Report of the Indian Hemp Drugs Commission, 1894-1895 - Volume VI
Year: 1894
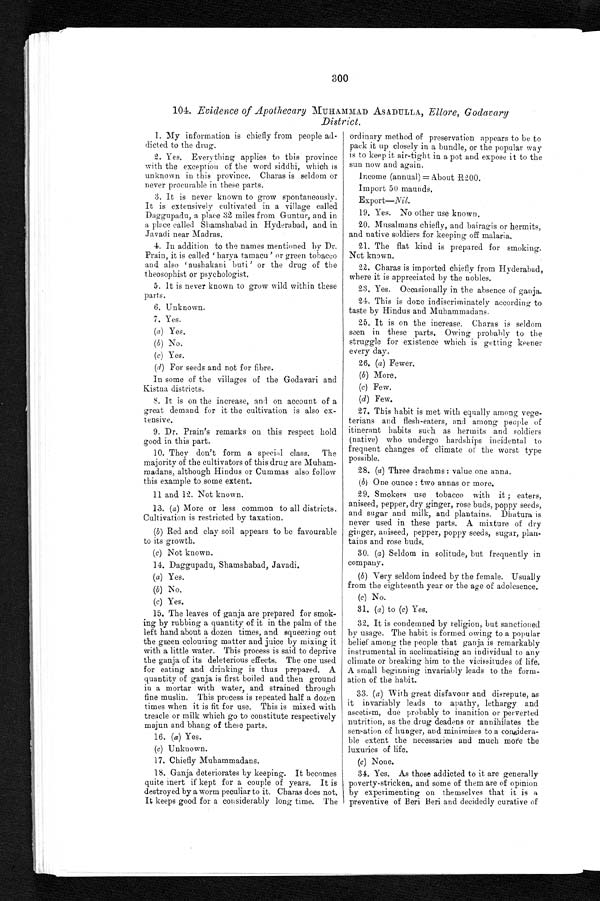
300
104. Evidence of Apothecary MUHAMM AD ASADULLA, Ellore, Godavary
District.
1. My information is chiefly from people ad
-dicted to the drug.
2. Yes. Everything applies to this province
with the exception of the word siddhi, which is
unknown in this province. Charas is seldom or
never procurable in these parts.
3. It is never known to grow spontaneously.
It is extensively cultivated in a village called
Daggupadu, a place 32 miles from Guntur, and in
a place called Shamshabad in Hyderabad, and in
Javadi near Madras.
4. In addition to the names mentioned by Dr.
Prain, it is called ' harya tamacu' or green tobacco
and al so ' aushakani but i ' or t he dr ug of t he
theosophist or psychologist.
5. It is never known to grow wild within these
parts.
6. Unknown.
7. Yes.
(a) Yes.
(b) N o .
( c ) Y e s .
(d) For seeds and not for fibre.
In some of the villages of the Godavari and
Kistua districts.
8. It is on the increase, and on account of a
great demand for it the cultivation is also ex
- t e n s i v e .
9. Dr. Prain's remarks on this respect hold
good in this part.
10. They don't form a special class. The
majority of the cultivators of this drug are Muham
- m a d a n s , a l t h o u g h H i n d u s o r C u m m a s a l s o f o l l o w
this example to some extent.
11 and 12. Not known.
13. ( a ) More or less common to all districts.
Cultivation is restricted by taxation.
( b ) Red and clay soil appears to be favourable
to its growth.
( c ) Not known.
14. Daggupadu, Shamshabad, Javadi.
( a) Yes.
(b) No.
( c) Yes.
15. The leaves of ganja are prepared for smok-
- i n g b y r u b b i n g a q u a n t i t y o f i t i n t h e p a l m o f t h e
left hand about a dozen times, and squeezing out
the green colouring matter and juice by mixing it
with a little water. This process is said to deprive
the ganja of its deleterious effects. The one used
for eating and drinking is thus prepared. A
quantity of ganja is first boiled and then ground
in a mortar with water, and strained through
fine muslin. This process is repeated half a dozen
times when it is fit for use. This is mixed with
treacle or milk which go to constitute respectively
majun and bhang of these parts.
16. ( a) Yes.
(c) Unknown.
17. Chiefly Muhammadans.
18. Ganja deteriorates by keeping. It becomes
quite inert if kept for a couple of years. It is
destroyed by a worm peculiar to it. Charas does not.
It keeps good for a considerably long time. The
ordinary method of preservation appears to be to
pack it up closely in a bundle, or the popular way
is to keep it air-tight in a pot and expose it to the
sun now and again.
Income (annual) = About R200.
Import 50 maunds.
Export—Ni l.
19. Yes. No other use known.
20. Musalmans chiefly, and bairagis or hermits,
and native soldiers for keeping off malaria.
21. The flat kind is prepared for smoking.
Not known.
22. Charas is imported chiefly from Hyderabad,
where it is appreciated by the nobles.
23. Yes. Occasionally in the absence of ganja.
24. This is done indiscriminately according to
taste by Hindus and Muhammadans.
25. It is on the increase. Charas is seldom
seen in these parts. Owing probahly to the
struggle for existence which is getting keener
every day.
26. ( a ) Fewer.
(b) More.
(c) Few.
(d) Few.
27. This habit is met with equally among vege
-terians and flesh-eaters, and among people of
itinerant habits such as hermits and soldiers
(native) who undergo hardships incidental to
frequent changes of climate of the worst type
possible.
28. (a) Three drachms: value one anna.
( b ) One ounce: two annas or more.
29. Smokers use tobacco with it; eaters,
aniseed, pepper, dry ginger, rose buds, poppy seeds,
and sugar and milk, and plantains. Dhatura is
never used in these parts. A mixture of dry
ginger, aniseed, pepper, poppy seeds, sugar, plan
-tains and rose buds.
30. ( a ) Seldom in solitude, but frequently in
company.
(b) Very seldom indeed by the female. Usually
from the eighteenth year or the age of adolesence.
(c) No.
31. ( a) to (c) Yes.
32. It is condemned by religion, but sanctioned
by usage. The habit is formed owing to a popular
belief among the people that ganja is remarkably
instrumental in acclimatising an individual to any
climate or breaking him to the vicissitudes of life.
A small beginning invariably leads to the form
-ation of the habit.
33. ( a ) With great disfavour and disrepute, as
it invariably leads to apathy, lethargy and
ascetism, due probably to inanition or perverted
nutrition, as the drug deadens or annihilates the
sensation of hunger, and minimises to a considera
-ble extent the necessaries and much more the
luxuries of life.
(c ) None.
34. Yes. As those addicted to it are generally
poverty-stricken, and some of them are of opinion
by experimenting on themselves that it is a
preventive of Beri Beri and decidedly curative of